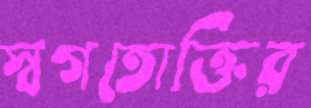
স্বগতোক্তির